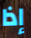
إذا